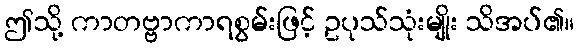
ဤသို့ ကာတဗ္ဗာကာရစွမ်းဖြင့် ဥပုသ်သုံးမျိုး သိအပ်၏။